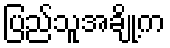
ပြည်သူအချို့က